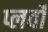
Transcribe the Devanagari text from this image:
प्लर्वों